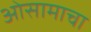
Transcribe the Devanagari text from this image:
ओसामाचा